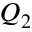
Q _ { 2 }